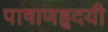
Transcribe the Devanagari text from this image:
पाषाणहृदयी